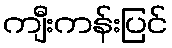
ကျီးကန်းပြင်